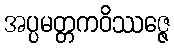
အပ္ပမတ္တကဝိဿဇ္ဇေ